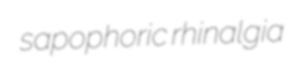
sapophoric rhinalgia